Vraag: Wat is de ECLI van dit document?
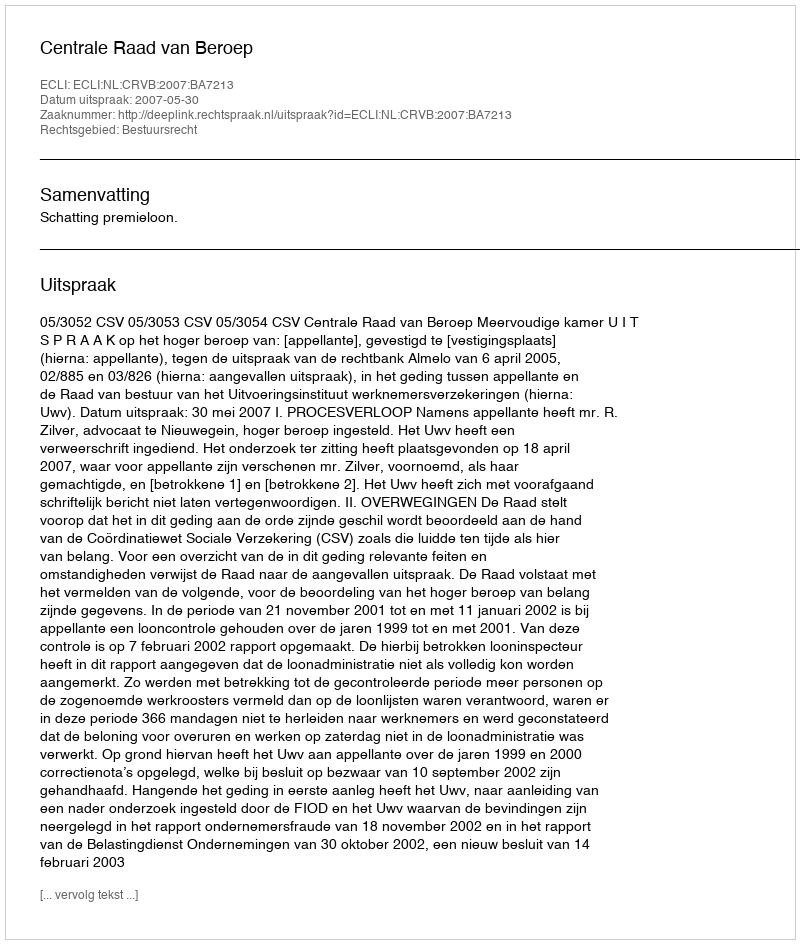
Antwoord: ECLI:NL:CRVB:2007:BA7213